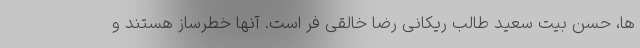
ها، حسن بیت سعید طالب ریکانی رضا خالقی فر است. آنها خطرساز هستند و